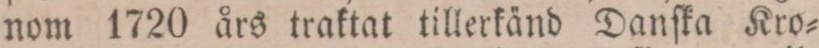
nom 1720 års traktat tillerkänd Danſka Kro=